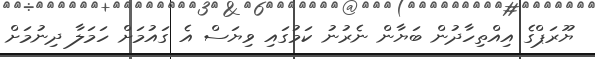
ޔޫރަޕްގެ އިއްތިހާދުން ބަޔާން ނެރުނު ކަމުގައި ވިޔަސް އެ ގައުމަށް ހަމަލާ ދިނުމަށް